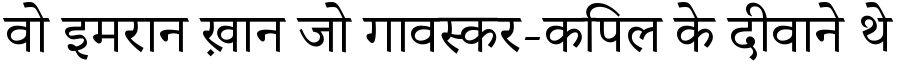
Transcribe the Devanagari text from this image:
वो इमरान ख़ान जो गावस्कर-कपिल के दीवाने थे